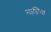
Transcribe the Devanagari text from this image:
नाडि़यां